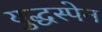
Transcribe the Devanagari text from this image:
युद्धस्पेन